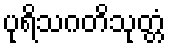
ပုရိသဂတိသုတ္တံ